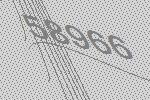
58966